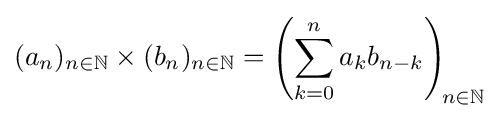
(a_{n})_{n\in \mathbb {N} }\times (b_{n})_{n\in \mathbb {N} }=\left(\sum _{k=0}^{n}a_{k}b_{n-k}\right)_{\!n\in \mathbb {N} }